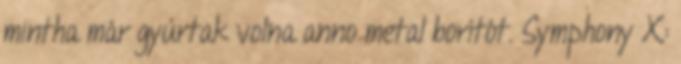
mintha már gyúrtak volna anno metal borítót. Symphony X: